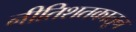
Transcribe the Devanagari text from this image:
नीतिशतकातून